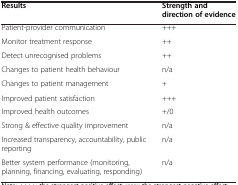
| Results | Strength and direction of evidence |
 | --- | --- |
 | Patient-provider communication | +++ |
 | Monitor treatment response | ++ |
 | Detect unrecognised problems | ++ |
 | Changes to patient health behaviour | n/a |
 | Changes to patient management | + |
 | Improved patient satisfaction | +++ |
 | Improved health outcomes | +/0 |
 | Strong & effective quality improvement | n/a |
 | Increased transparency, accountability, public reporting | n/a |
 | Better system performance (monitoring, planning, financing, evaluating, responding) | n/a |